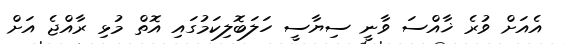
އެއަށް ވުރެ ޚާއްސަ ވާނީ ސިޔާސީ ހަލަބޮލިކަމުގައި އޮތް މުޅި ރާއްޖެ އަށް